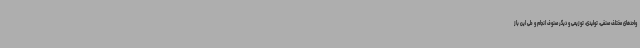
واحدهای مختلف صنفی، تولیدی، توزیعی و دیگر صنوف انجام و طی این باز